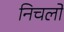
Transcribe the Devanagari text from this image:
निचलो